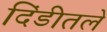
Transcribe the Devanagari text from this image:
दिंडीतले